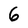
Character: 6